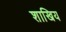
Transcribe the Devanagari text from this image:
शाखिय